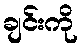
ချင်းကို